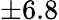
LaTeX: \pm 6.8